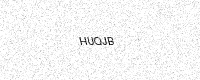
Text: HUQJB